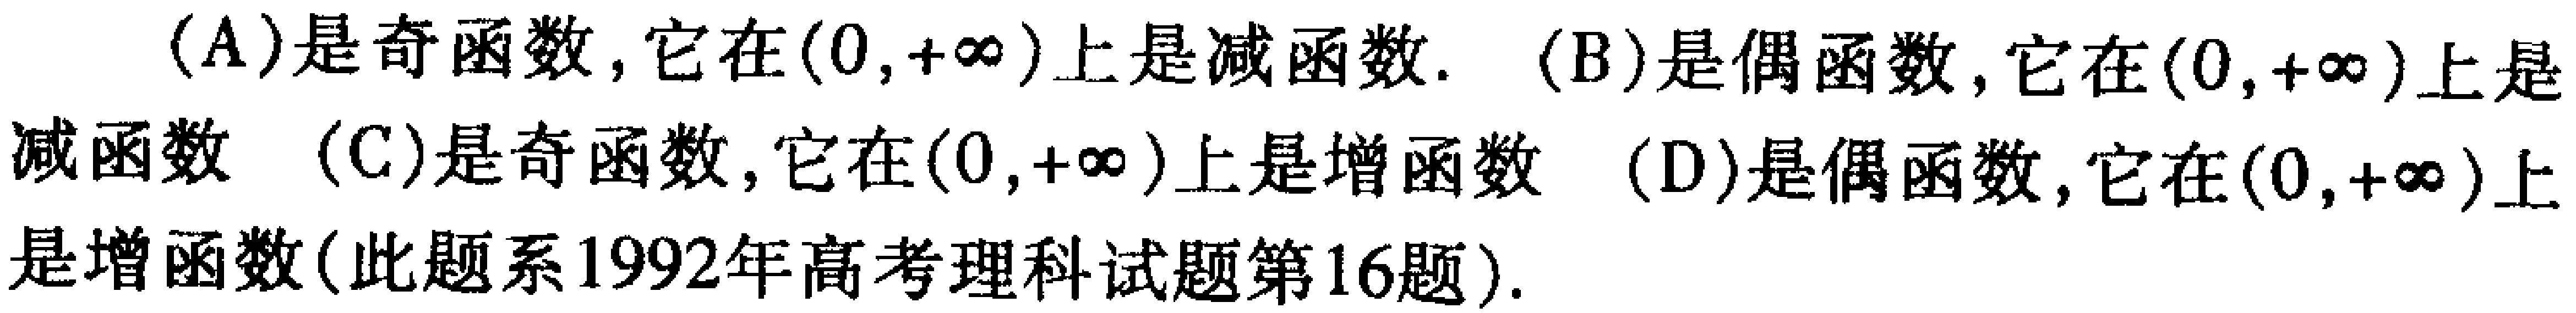
(A)是奇函数, 它在\((0,+\infty)\)上是减函数. (B)是偶函数, 它在\((0,+\infty)\)上是减函数 (C)是奇函数, 它在\((0,+\infty)\)上是增函数 (D)是偶函数, 它在\((0,+\infty)\)上是增函数(此题系1992年高考理科试题第16题).